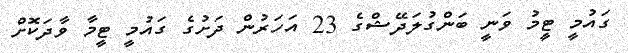
ގައުމީ ޓީމު ވަނީ ބަންގުލަދޭޝްގެ 23 އަހަރުން ދަށުގެ ގައުމީ ޓީމާ ވާދަކޮށް